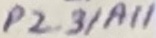
Text: P2.3/A11